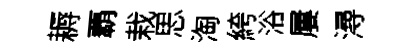
耨覇栽思淘絝浴屢潯